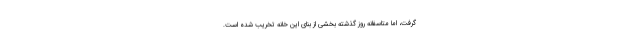
گرفت، اما متاسفانه روز گذشته بخشی از بنای این خانه تخریب شده است.